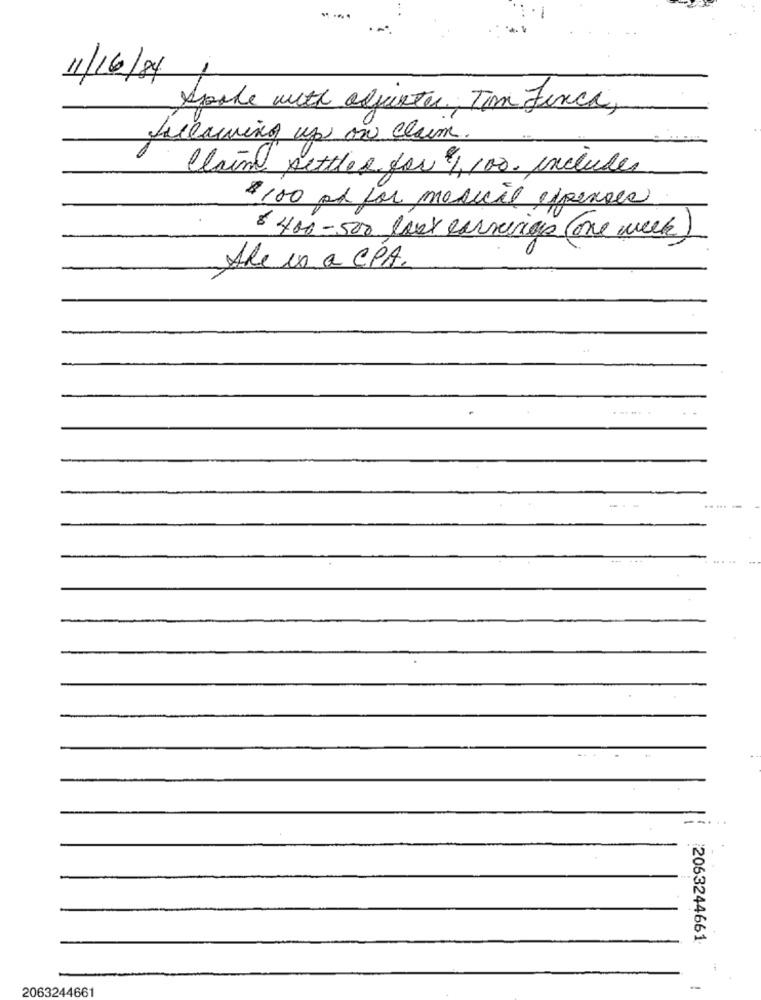
11/16/84
Spoke with allister, Tom Finca,
following up on claim.
Claim settles for of 100. includes
$100 pt for mesicil expenses
8 400- 500 last carseries (one week)
Ale is a CPA.
-
2063244661
2063244661